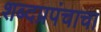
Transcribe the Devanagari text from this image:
शब्दप्रपंचाचा